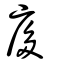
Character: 㞔